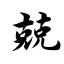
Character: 兢